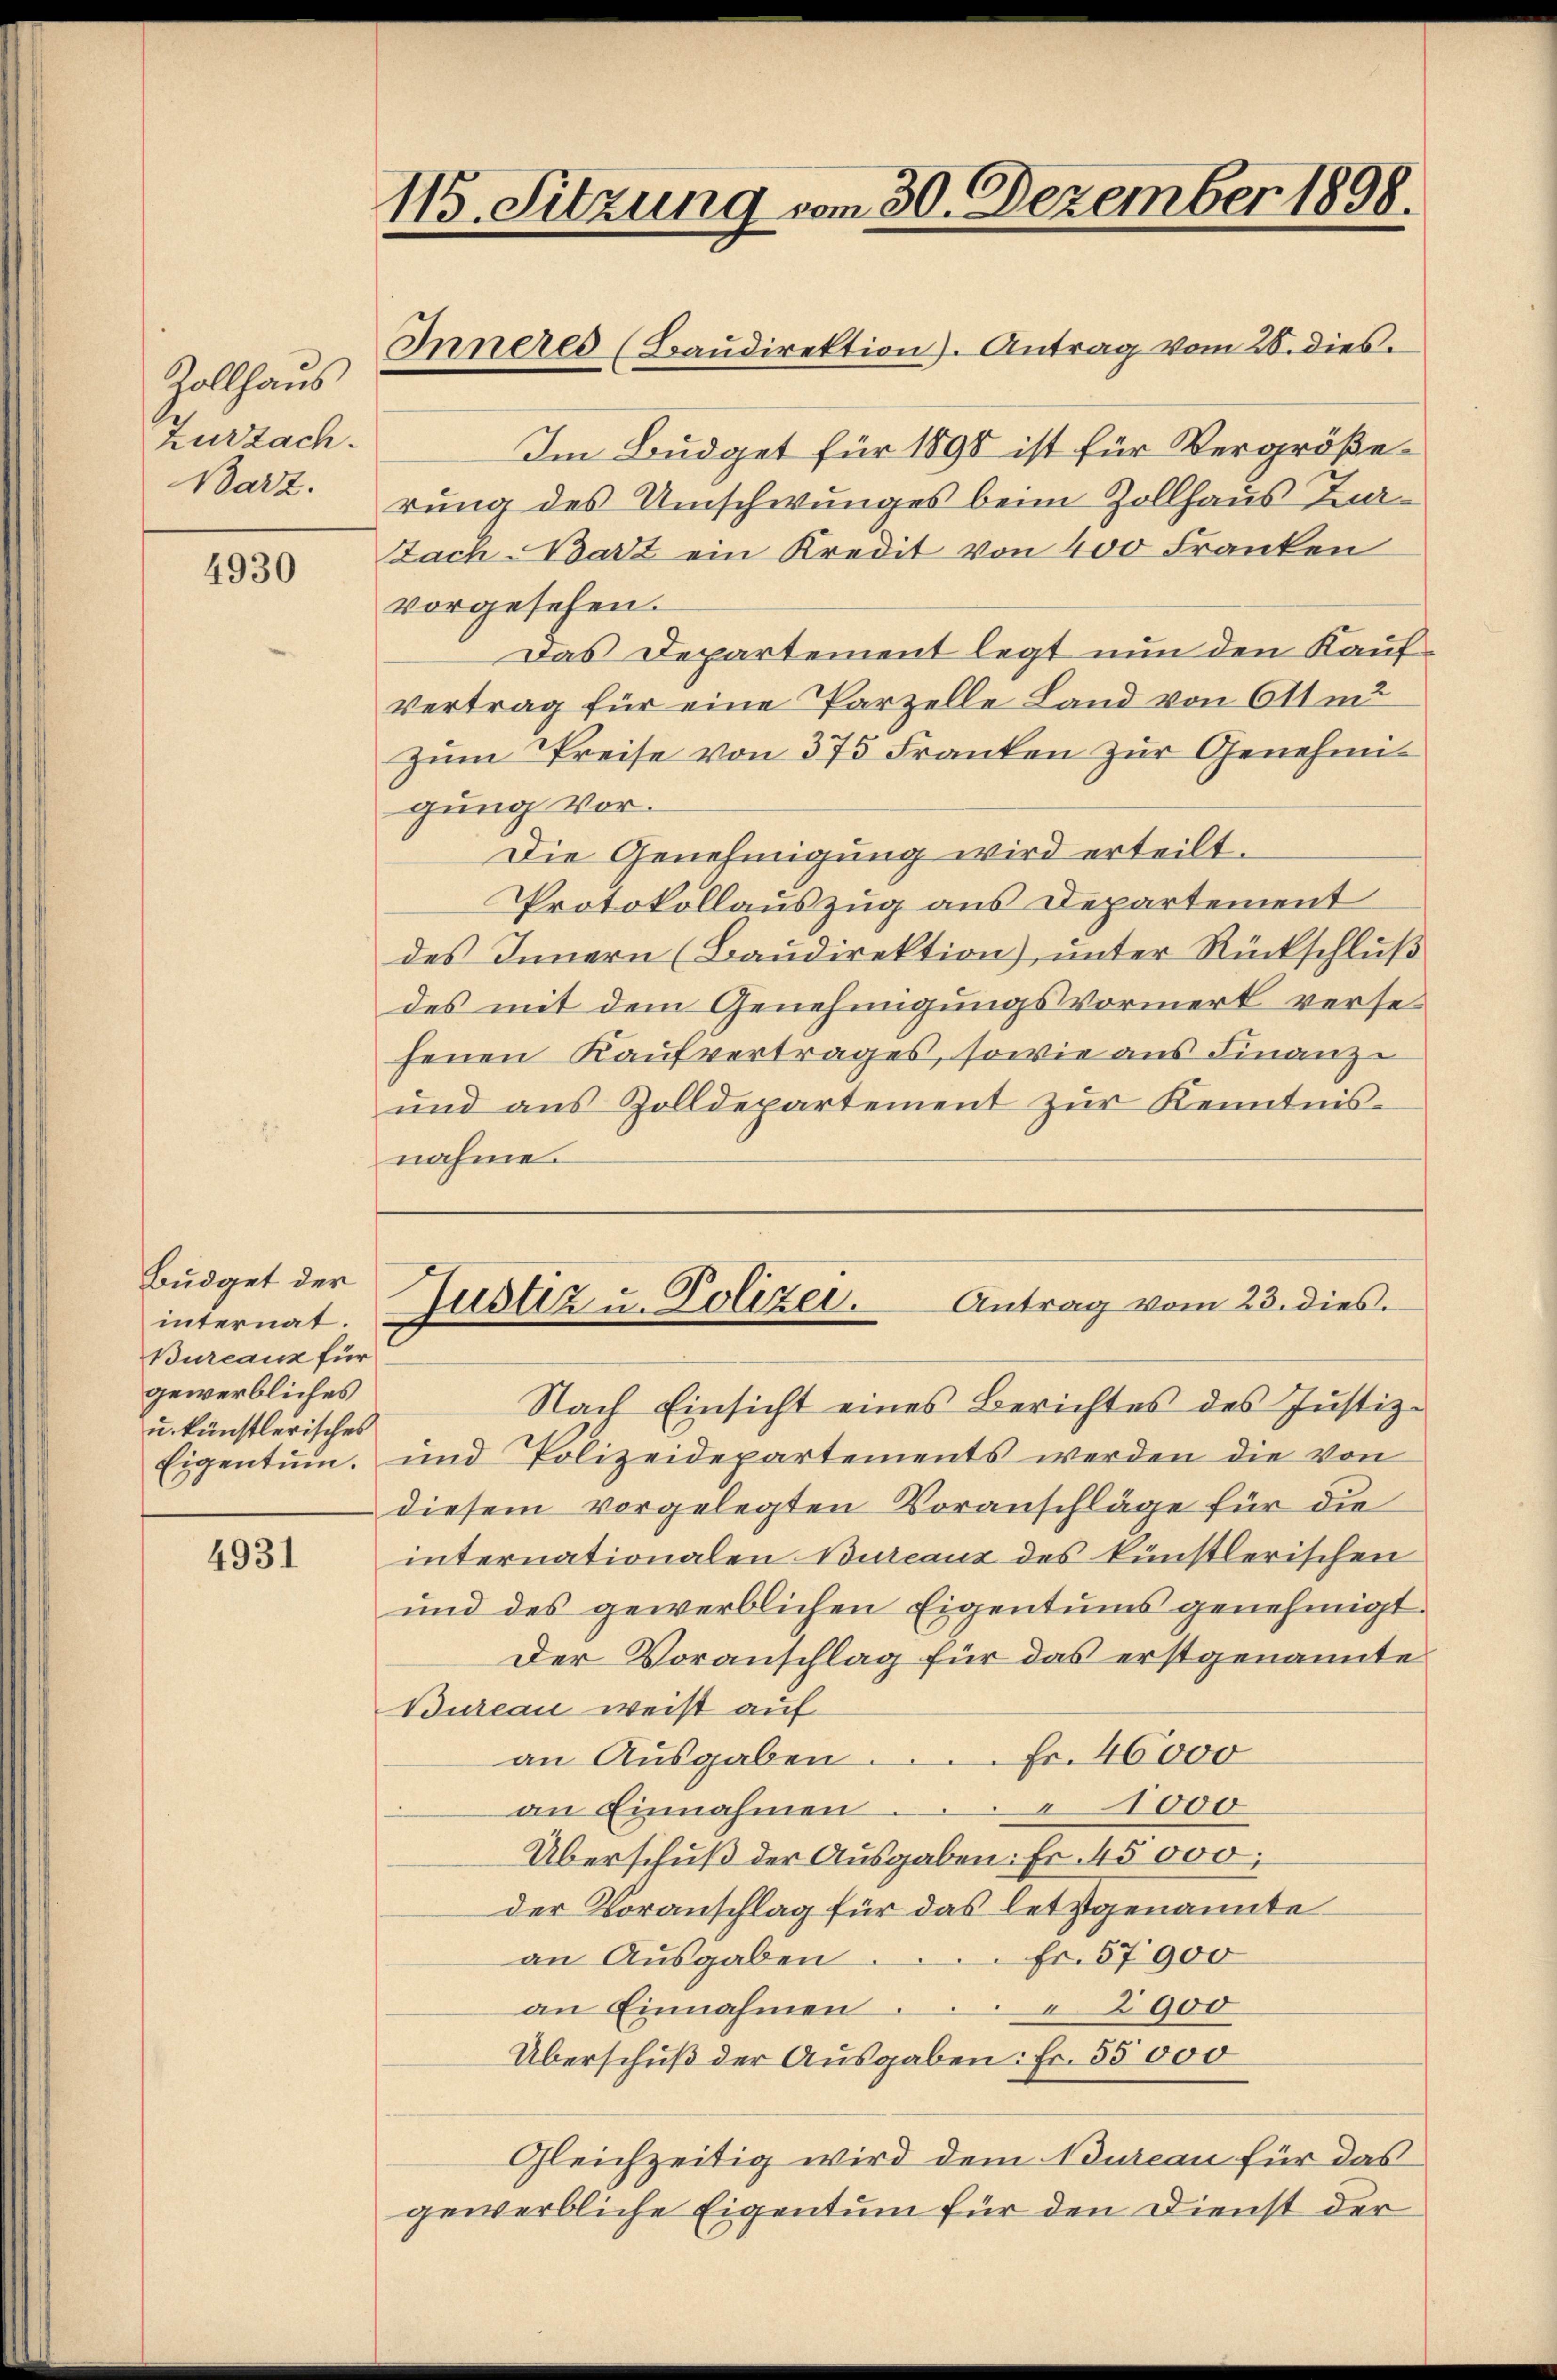
Rollhaus
Zurzach.
Barz.

4930

Büdget der
internat.
Bureaux für
gewerbliches
u. künstlerisches
Eigentum.

4931

115. Sitzung vom 30. Dezember 1898.
Inneres (Baŭdirektion). Antrag vom 20. dies.

Im Budget für 1898 ist für Vergrößerung des Umschwunges beim Zollhaus Zur
Zach Bart ein Kredit von 400 Franken
vorgesehen.
Das Departement legt nun den Kauf¬
Vertrag für eine Parzelle Land von Otten
Zum Preise von 375 Franken zur Genehmigung vor.
Die Genehmigung wird erteilt.
Protokollauszug aus Departement
des Innern (Baudirektion), unter Rückschluß
des mit dem Genehmigungsvormerk versefenen Kaufvertrages, sowie aus Finanz-
und aus Zolldepartement zŭr Kenntnis-
nahme.

Antrag vom 23. dies.
Justiz u. Polizei.

Nach Einsicht eines Berichtes des Justiz-
und Polizeidepartements werden die von
diesem vorgelegten Voranschläge für die
internationalen Bureaux des künstlerischen
und des gewerblichen Eigentums genehmigt.
Der Voranschlag für das erstgenannte
Bureau weist auf
Fr. 46000
an Ausgaben
1000
an Einnahmen
Überschuß der Ausgaben: Fr. 45000,
der Voranschlag für das letztgenannte
Fr. 57900
an Ausgaben
an Einnahmen.
2900
Überschuß der Ausgaben: Fr. 55000
Gleichzeitig wird dem Bureau für das
gewerbliche Eigentum für den Dienst der